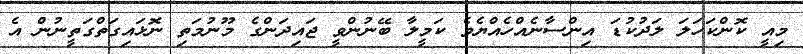
މިއީ ކޮންކަހަލަ ލަދުކުޑަ އިންސާނެއްހެއްޔެވެ ކަމީލާ ބޭނުންވީ ޖައިދަންގެ މޫނުމަތި ނޮޅައިގަތްގަތީނުން އެ